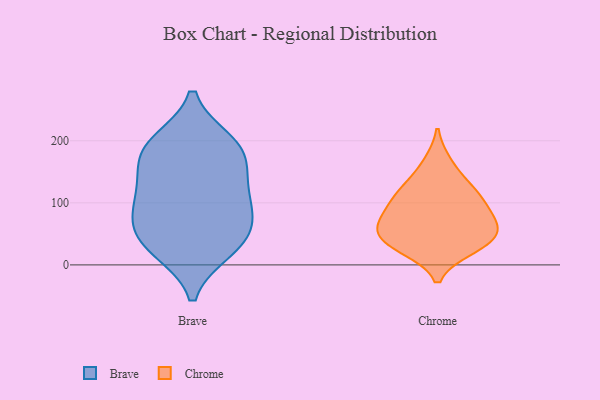
{"axis": {"x": "Demand Index", "y": "Value"}, "legend": ["Brave", "Chrome"], "data": [{"x": "", "y": 196, "type": "Brave"}, {"x": "", "y": 94, "type": "Brave"}, {"x": "", "y": 96, "type": "Brave"}, {"x": "", "y": 198, "type": "Brave"}, {"x": "", "y": 175, "type": "Brave"}, {"x": "", "y": 46, "type": "Brave"}, {"x": "", "y": 141, "type": "Brave"}, {"x": "", "y": 51, "type": "Brave"}, {"x": "", "y": 26, "type": "Brave"}, {"x": "", "y": 129, "type": "Brave"}, {"x": "", "y": 24, "type": "Brave"}, {"x": "", "y": 182, "type": "Brave"}, {"x": "", "y": 81, "type": "Brave"}, {"x": "", "y": 87, "type": "Chrome"}, {"x": "", "y": 114, "type": "Chrome"}, {"x": "", "y": 164, "type": "Chrome"}, {"x": "", "y": 54, "type": "Chrome"}, {"x": "", "y": 78, "type": "Chrome"}, {"x": "", "y": 36, "type": "Chrome"}, {"x": "", "y": 54, "type": "Chrome"}, {"x": "", "y": 109, "type": "Chrome"}, {"x": "", "y": 65, "type": "Chrome"}, {"x": "", "y": 127, "type": "Chrome"}, {"x": "", "y": 27, "type": "Chrome"}, {"x": "", "y": 32, "type": "Chrome"}]}